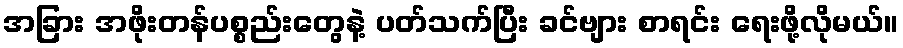
အခြား အဖိုးတန်ပစ္စည်းတွေနဲ့ ပတ်သက်ပြီး ခင်ဗျား စာရင်း ရေးဖို့လိုမယ်။